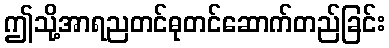
ဤသို့အာရညတင်ဓုတင်ဆောက်တည်ခြင်း